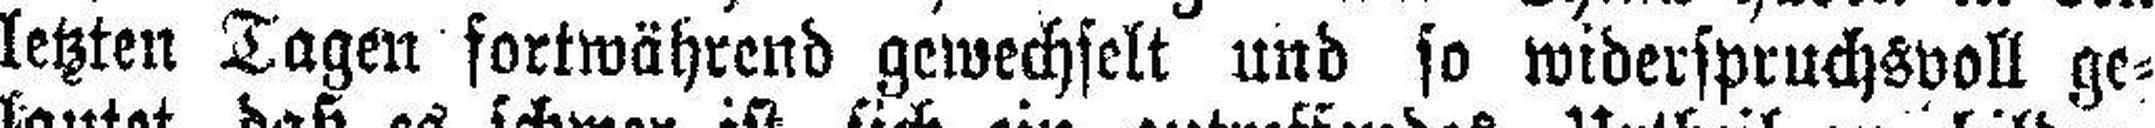
letzten Tagen fortwährend gewechselt und so widerspruchsvoll ge¬